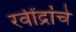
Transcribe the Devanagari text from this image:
रवींद्रांचे